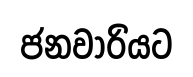
ජනවාරියට